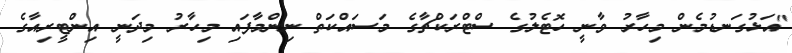
"އަޅުގަނޑުމެން މިހާރު ވާނީ ހޮޓެލުގެ ސްޓްރަކްޗާގެ މަސައްކަތް ނިންމާފައި މިހާރު މިދަނީ އިންޓީރިއާގެ